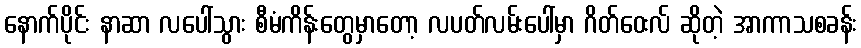
နောက်ပိုင်း နာဆာ လပေါ်သွား စီမံကိန်းတွေမှာတော့ လပတ်လမ်းပေါ်မှာ ဂိတ်ဝေးလ် ဆိုတဲ့ အာကာသစခန်း